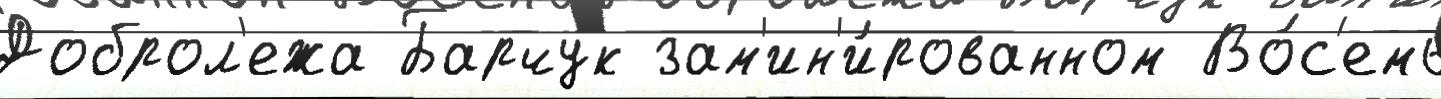
Доброл'ежа Барчук зам'ин'и́рованном Во́с'емь